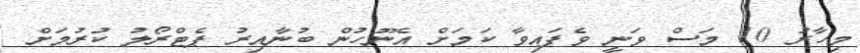
މިހާރު 10 މަސް ވަނީ ވެފައިވާ ކަމަށް އެނޫހުން ބުނާއިރު ޕެޓްރޯލު ކުރުމަށް